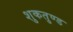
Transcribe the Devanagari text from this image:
शुकतुण्ड